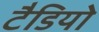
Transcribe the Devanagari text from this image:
टैडियो